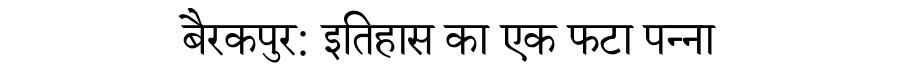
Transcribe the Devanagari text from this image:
बैरकपुर: इतिहास का एक फटा पन्ना